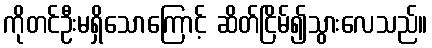
ကိုတင်ဦးမရှိသောကြောင့် ဆိတ်ငြိမ်၍သွားလေသည်။